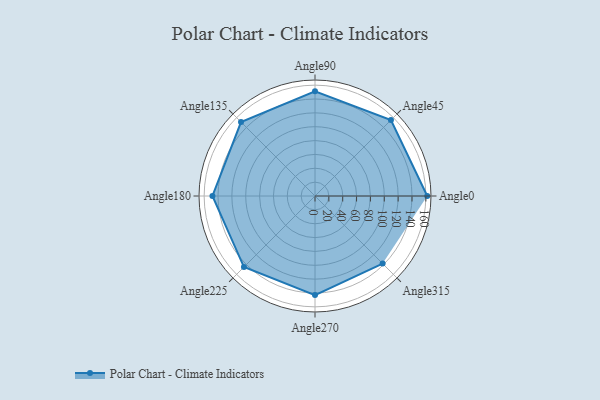
{"axis": {"x": "Angle", "y": "Radius"}, "legend": [""], "data": [{"x": "Angle0", "y": 162.0, "type": ""}, {"x": "Angle45", "y": 155.0, "type": ""}, {"x": "Angle90", "y": 151.0, "type": ""}, {"x": "Angle135", "y": 151.0, "type": ""}, {"x": "Angle180", "y": 148.0, "type": ""}, {"x": "Angle225", "y": 145.0, "type": ""}, {"x": "Angle270", "y": 143.0, "type": ""}, {"x": "Angle315", "y": 138.0, "type": ""}]}